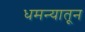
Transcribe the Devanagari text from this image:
धमन्यातून